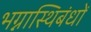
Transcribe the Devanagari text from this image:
भग्नास्थिबंधों